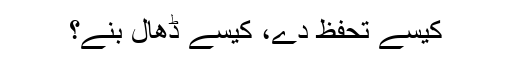
کیسے تحفظ دے، کیسے ڈھال بنے؟